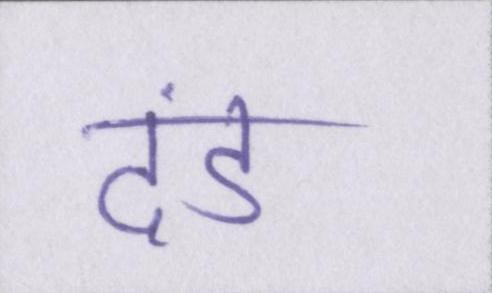
दंड